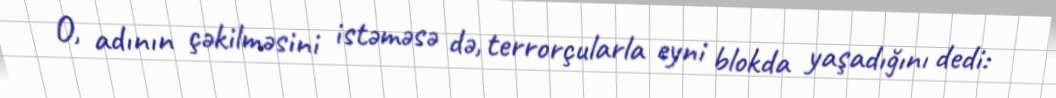
O, adının çəkilməsini istəməsə də, terrorçularla eyni blokda yaşadığını dedi: